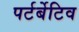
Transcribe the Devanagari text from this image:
पर्टर्बेटिव